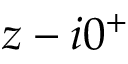
z - i 0 ^ { + }